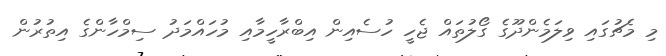
މި މެޗުގައި ވިލަމެންދޫގެ ގޯލުތައް ޖެހީ ހުސެއިން އިބްރާހީމާއި މުހައްމަދު ސިމްހާންގެ އިތުރުން